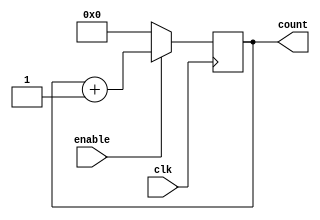
module RingCounter (
    input wire clk,
    input wire enable,
    output reg [3:0] count
);

always @(posedge clk) begin
    if (enable) begin
        count <= count + 1;
    end else begin
        count <= 4'b0000;
    end
end

endmodule